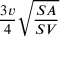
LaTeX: { \frac { 3 v } { 4 } } { \sqrt { \frac { S A } { S V } } }